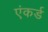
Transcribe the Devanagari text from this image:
एंकर्ड